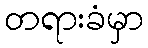
တရားခံမှာ